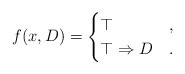
\begin{align*}f(x,D)=\begin{cases}\top & , \\\top \Rightarrow D & .\end{cases}\end{align*}